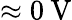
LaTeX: \approx 0\: \mathrm{V}